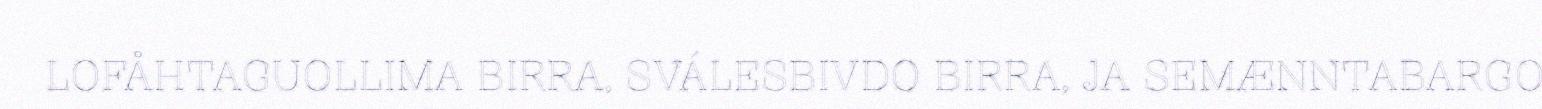
LOFÅHTAGUOLLIMA BIRRA, SVÁLESBIVDO BIRRA, JA SEMÆNNTABARGO